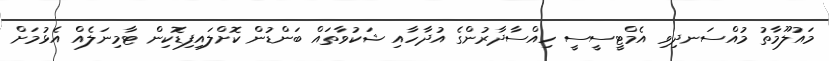
މައުލޫމާތު މުއްސަނދިވި އެމްޓީސީސީ ހިއްސާދާރުންގެ އުދާހާއި ޝަކުވާތައް ބަންޑުން ކޮށްލައިފިޑޮކިން ޓާމިނަލެއް އެޅުމަށް